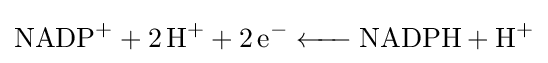
{\ce {NADP+ + 2H+ + 2e- <- NADPH + H+}}